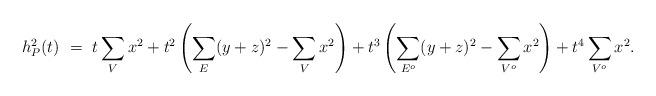
LaTeX: \begin{align*}h_P^2(t)\ = \ t\sum_{V}x^{2}+t^2\left(\sum_{E}(y+z)^{2} - \sum_{V}x^{2}\right)+t^3\left(\sum_{E^o}(y+z)^{2} - \sum_{V^o}x^{2}\right)+t^4\sum_{V^o}x^{2}.\end{align*}